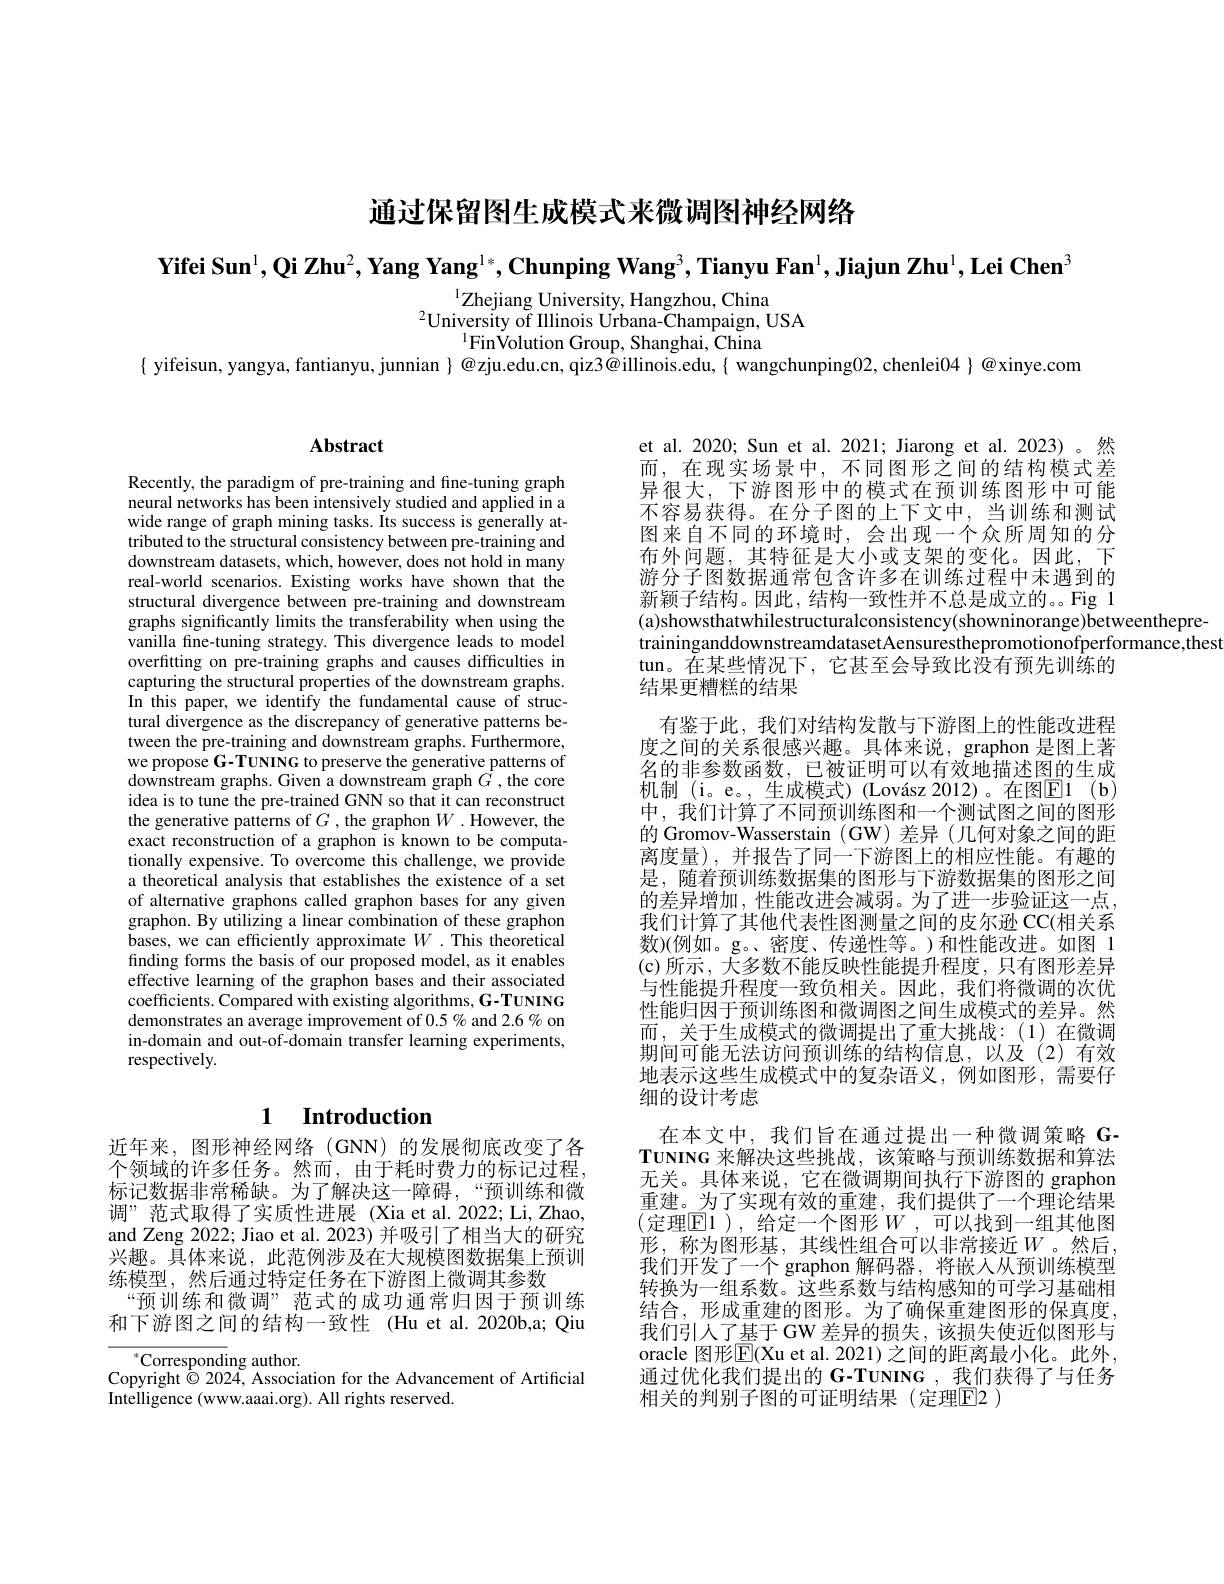
通过保留图生成模式来微调图神经网络

Yifei Sun$^1,\textbf{Qi Zhu}^2,\text{Yang Yang}^{1*},\textbf{Chunping Wang}^3,\text{Tianyu Fan}^1,\textbf{Jiajun Zhu}^1,\textbf{Lei Chen}^3$

$^{1}$Zhejiang University, Hangzhou, China
$^{2}$University of Illinois Urbana-Champaign, USA
$^{1}$FinVolution Group, Shanghai, China

$\{$ yifeisun, yangya, fantianyu, junnian $\}@$zju.edu.cn, qiz3@illinois.edu,{ wangchunping02, chenlei04 }@xinye.com

# Abstract

Recently, the paradigm of pre-training and fine-tuning graph neural networks has been intensively studied and applied in a wide range of graph mining tasks. Its success is generally attributed to the structural consistency between pre-training and downstream datasets, which, however, does not hold in many real-world scenarios. Existing works have shown that the structural divergence between pre-training and downstream graphs significantly limits the transferability when using the vanilla fine-tuning strategy. This divergence leads to model overfitting on pre-training graphs and causes difficulties in capturing the structural properties of the downstream graphs. In this paper, we identify the fundamental cause of structural divergence as the discrepancy of generative patterns between the pre-training and downstream graphs. Furthermore, we propose G-TUNING to preserve the generative patterns of downstream graphs. Given a downstream graph $G^{\mathrm{'}}$,the core idea is to tune the pre-trained GNN so that it can reconstruct the generative patterns of $G$ , the graphon $W$ .However, the exact reconstruction of a graphon is known to be computationally expensive. To overcome this challenge, we provide a theoretical analysis that establishes the existence of a set of alternative graphons called graphon bases for any given graphon. By utilizing a linear combination of these graphon bases, we can efficiently approximate $W.$ This theoretical finding forms the basis of our proposed model, as it enables effective learning of the graphon bases and their associated coefficients. Compared with existing algorithms, G-TUNING demonstrates an average improvement of $0.5\%$ and 2.6% on in-domain and out-of-domain transfer learning experiments, respectively.

## 1 $\textbf{Introduction}$

近年来，图形神经网络(GNN)的发展彻底改变了各个领域的许多任务。然而，由于耗时费力的标记过程， 标记数据非常稀缺。为了解决这一障碍，“预训练和微调”范式取得了实质性进展(Xia et al.2022; Li,Zhao, and Zeng 2022; Jiao et al. 2023) 并吸引了相当大的研究兴趣。具体来说，此范例涉及在大规模图数据集上预训练模型，然后通过特定任务在下游图上微调其参数
“预训练和微调”范式的成功通常归因于预训练和下游图之间的结构一致性 (Hu et al.2020b,a; Qiu

$^*$Corresponding author.
Copyright $\dot{\odot}$ 2024, Association for the Advancement of Artificial
Intelligence (www.aaai.org). All rights reserved.

et al. 2020; Sun et al. 2021; Jiarong et al. 2023)。然而，在现实场景中，不同图形之间的结构模式差异很大，下游图形中的模式在预训练图形中可能不容易获得。在分子图的上下文中，当训练和测试图来自不同的环境时，会出现一个众所周知的分布外问题，其特征是大小或支架的变化。因此，下游分子图数据通常包含许多在训练过程中未遇到的新颖子结构。因此，结构一致性并不总是成立的。Fig 1 (a)showsthatwhilestructuralconsistency(showninorange)betweenthepretraininganddownstreamdatasetAensuresthepromotionofperformance,thest tun。在某些情况下，它甚至会导致比没有预先训练的
结果更糟糕的结果
有鉴于此，我们对结构发散与下游图上的性能改进程度之间的关系很感兴趣。具体来说，graphon 是图上著名的非参数函数，已被证明可以有效地描述图的生成机制 (i。e。, 生成模式) (Lovász 2012)。在图$\overline {\mathrm{E} }1$ (b) 中，我们计算了不同预训练图和一个测试图之间的图形的 Gromov-Wasserstain (GW) 差异 (几何对象之间的距离度量),并报告了同一下游图上的相应性能。有趣的是，随着预训练数据集的图形与下游数据集的图形之间的差异增加，性能改进会减弱。为了进一步验证这一点， 我们计算了其他代表性图测量之间的皮尔逊 CC(相关系数)(例如。g。、密度、传递性等。)和性能改进。如图 1 (c)所示，大多数不能反映性能提升程度，只有图形差异与性能提升程度一致负相关。因此，我们将微调的次优性能归因于预训练图和微调图之间生成模式的差异。然而，关于生成模式的微调提出了重大挑战：(1)在微调期间可能无法访问预训练的结构信息，以及(2)有效地表示这些生成模式中的复杂语义，例如图形，需要仔细的设计考虑
在本文中，我们旨在通过提出一种微调策略 G- $\mathbf{TUNING}$来解决这些挑战，该策略与预训练数据和算法无关。具体来说，它在微调期间执行下游图的 graphon 重建。为了实现有效的重建，我们提供了一个理论结果(定理$\boxed{\mathrm{E}}1)$,给定一个图形$W$,可以找到一组其他图形，称为图形基，其线性组合可以非常接近$W$。然后， 我们开发了一个 graphon 解码器，将嵌人从预训练模型转换为一组系数。这些系数与结构感知的可学习基础相结合，形成重建的图形。为了确保重建图形的保真度， 我们引人了基于GW 差异的损失，该损失使近似图形与oracle 图形$\mathbb{E}($Xu et al. 2021) 之间的距离最小化。此外， 通过优化我们提出的 G-TUNING ,我们获得了与任务相关的判别子图的可证明结果(定理$\overline{\mathrm{E}}$2)